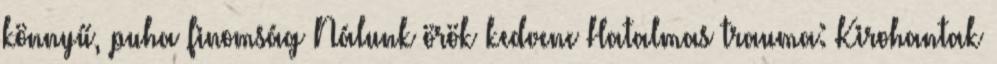
könnyű, puha finomság Nálunk örök kedvenc Hatalmas trauma: Kirohantak